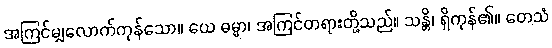
အကြင်မျှလောက်ကုန်သော။ ယေ ဓမ္မာ၊ အကြင်တရားတို့သည်။ သန္တိ၊ ရှိကုန်၏။ တေသံ